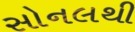
સોનલથી